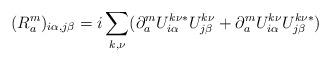
LaTeX: \begin{align*}(R^m_a)_{i\alpha,j\beta} = i \sum_{k,\nu} (\partial^m_a U^{k\nu\ast}_{i\alpha} U^{k\nu}_{j\beta} + \partial^m_a U^{k\nu}_{i\alpha} U^{k\nu\ast}_{j\beta})\end{align*}